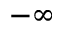
- \infty